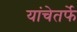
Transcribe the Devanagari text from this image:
यांचेतर्फे